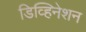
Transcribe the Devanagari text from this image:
डिव्हिनेशन